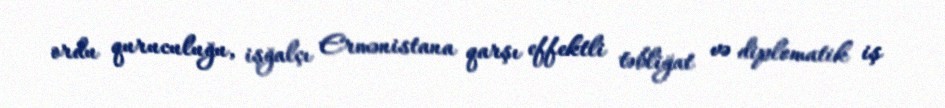
ordu quruculuğu, işğalçı Ermənistana qarşı effektli təbliğat və diplomatik iş